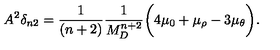
A ^ { 2 } \delta _ { n 2 } = \frac { 1 } { ( n + 2 ) } \frac { 1 } { M _ { D } ^ { n + 2 } } \bigg ( 4 \mu _ { 0 } + \mu _ { \rho } - 3 \mu _ { \theta } \bigg ) .